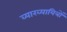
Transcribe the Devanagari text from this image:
व्याख्यायित्रों